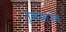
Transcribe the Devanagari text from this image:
नुकसानच